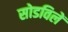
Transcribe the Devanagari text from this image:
सोडविलें